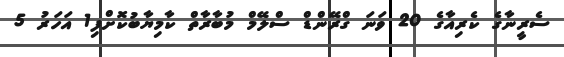
ސެރީނާގެ ކެރިއާގެ 20 ވަނަ ގްރޭންޑް ސްލޭމް މުބާރާތް ކާމިޔާބުކޮށްފި1 އަހަރު 5